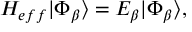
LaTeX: { H _ { e f f } } | \Phi _ { \beta } \rangle = E _ { \beta } | \Phi _ { \beta } \rangle ,